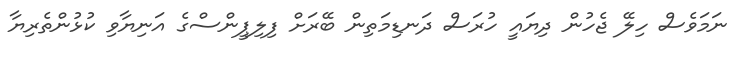
ނަމަވެސް ހިލޭ ޖެހުން ދިޔައީ ހުރަސް ދަނޑިމަތިން ބޭރަށް ފިލިޕީންސްގެ އަނިޔާވި ކުޅުންތެރިޔާ